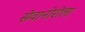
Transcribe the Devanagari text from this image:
सेवानोरोला